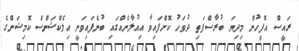
ރައީސް އޮފީހުން މިދިޔަ ބުރާސްފަތި ދުވަހު ކޮށްފައިވާ އިއުލާނެއްގައި ބުނެފައިވަނީ އިލެކްޝަންސް ކޮމިޝަންގެ